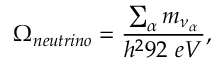
\Omega _ { n e u t r i n o } = { \frac { \sum _ { \alpha } m _ { \nu _ { \alpha } } } { h ^ { 2 } 9 2 \ e V } } ,